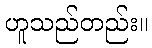
ဟူသည်တည်း။